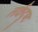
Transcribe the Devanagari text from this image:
तर्कदृष्ट